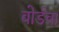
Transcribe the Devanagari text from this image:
बोर्डचा